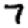
Digit: 7